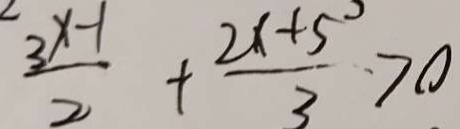
\frac { 3 x - 1 } { 2 } + \frac { 2 x + 5 } { 3 } > 0